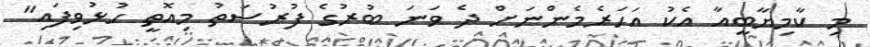
މި ކާމިޔާބީއާ އެކު އަހަރެމެންނަށް ދެ ވަނަ ބުރުގެ ފުރުސަތު މިއޮތީ ހުޅުވިފައި"